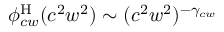
\phi _ { c w } ^ { \mathrm { H } } ( c ^ { 2 } w ^ { 2 } ) \sim ( c ^ { 2 } w ^ { 2 } ) ^ { - \gamma _ { c w } }